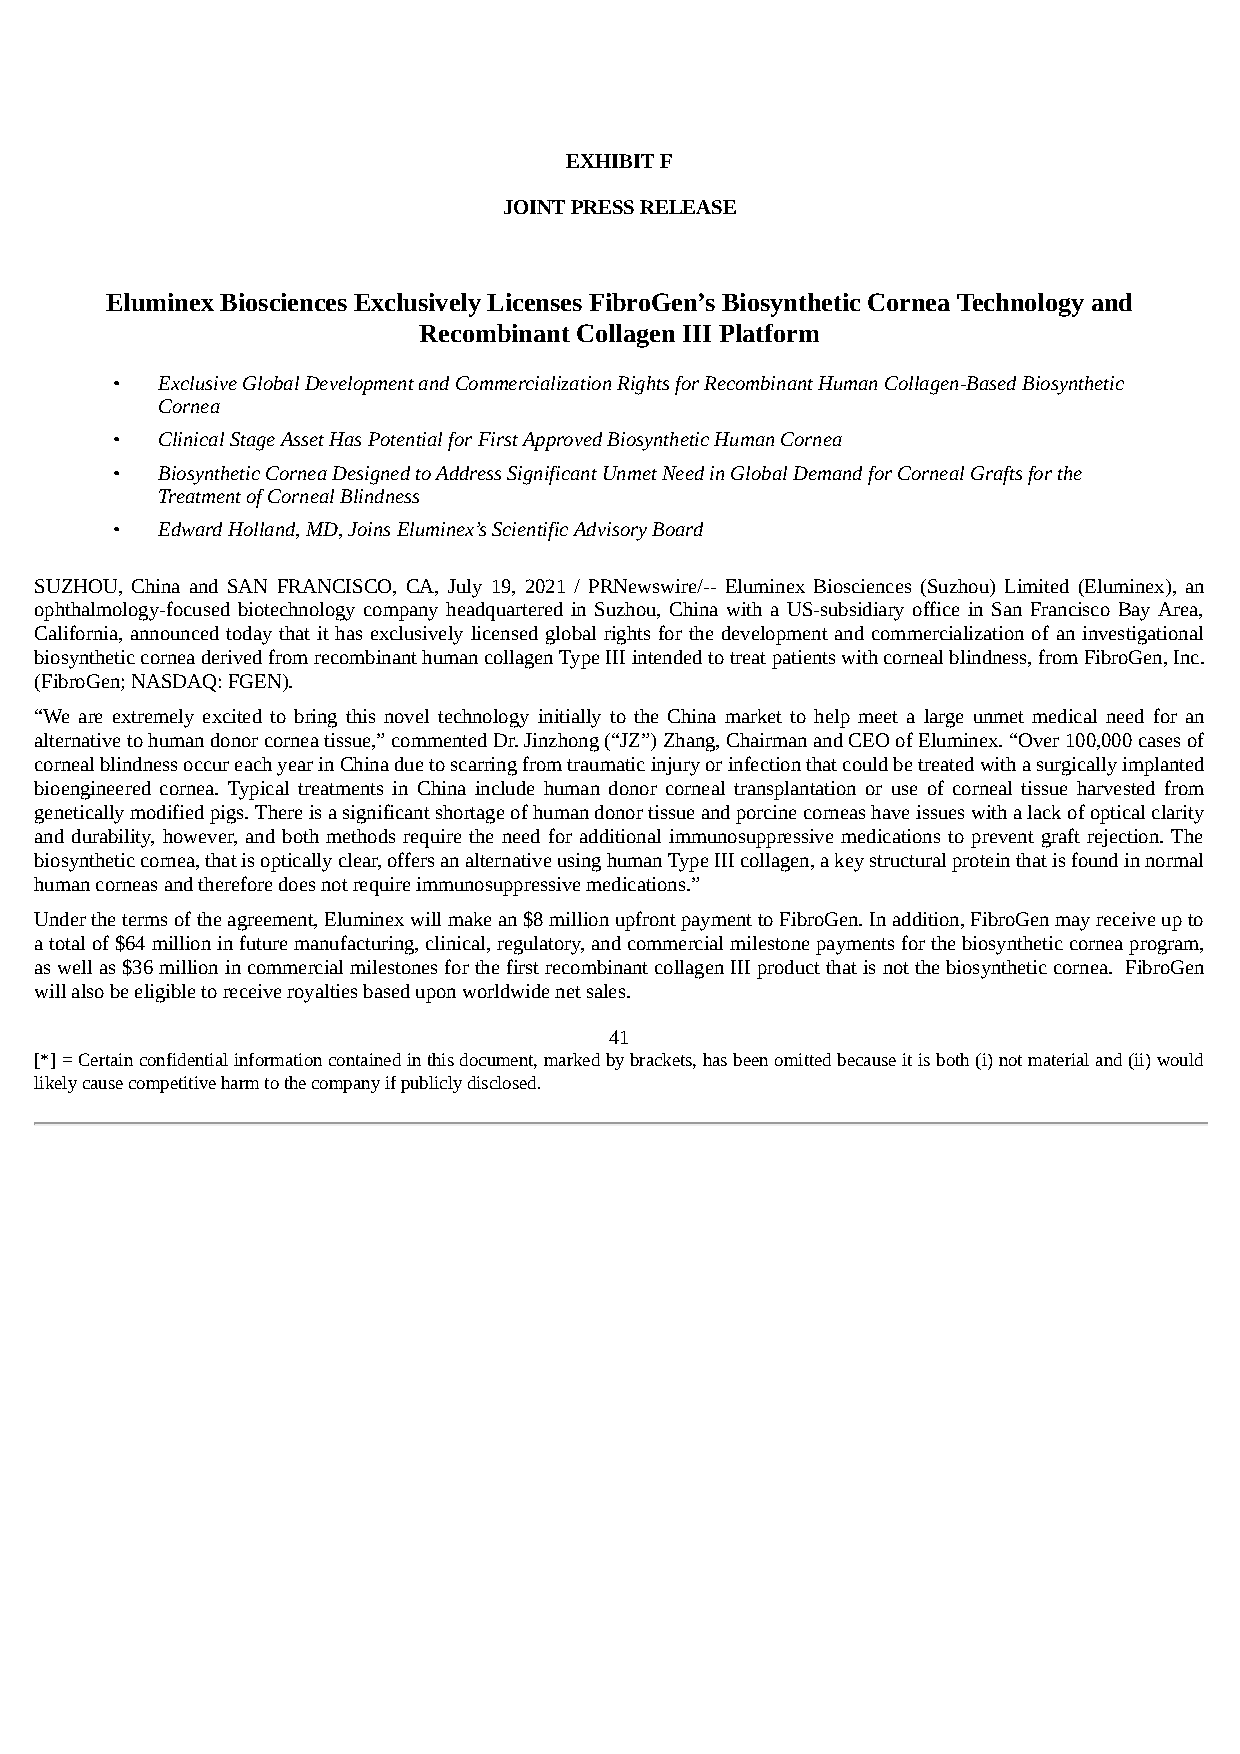
EXHIBIT F
 JOINT PRESS RELEASE
 Eluminex Biosciences Exclusively Licenses FibroGen’s Biosynthetic Cornea Technology and
 Recombinant Collagen III Platform
 •  Exclusive Global Development and Commercialization Rights for Recombinant Human Collagen-Based Biosynthetic
 Cornea
 •  Clinical Stage Asset Has Potential for First Approved Biosynthetic Human Cornea
 •  Biosynthetic Cornea Designed to Address Significant Unmet Need in Global Demand for Corneal Grafts for the
 Treatment of Corneal Blindness
 •  Edward Holland, MD, Joins Eluminex’s Scientific Advisory Board
 SUZHOU, China and SAN FRANCISCO, CA, July 19, 2021 / PRNewswire/-- Eluminex Biosciences (Suzhou) Limited (Eluminex), an
 ophthalmology-focused biotechnology company headquartered in Suzhou, China with a US-subsidiary office in San Francisco Bay Area,
 California, announced today that it has exclusively licensed global rights for the development and commercialization of an investigational
 biosynthetic cornea derived from recombinant human collagen Type III intended to treat patients with corneal blindness, from FibroGen, Inc.
 (FibroGen; NASDAQ: FGEN).
 “We are extremely excited to bring this novel technology initially to the China market to help meet a large unmet medical need for an
 alternative to human donor cornea tissue,” commented Dr. Jinzhong (“JZ”) Zhang, Chairman and CEO of Eluminex. “Over 100,000 cases of
 corneal blindness occur each year in China due to scarring from traumatic injury or infection that could be treated with a surgically implanted
 bioengineered cornea. Typical treatments in China include human donor corneal transplantation or use of corneal tissue harvested from
 genetically modified pigs. There is a significant shortage of human donor tissue and porcine corneas have issues with a lack of optical clarity
 and durability, however, and both methods require the need for additional immunosuppressive medications to prevent graft rejection. The
 biosynthetic cornea, that is optically clear, offers an alternative using human Type III collagen, a key structural protein that is found in normal
 human corneas and therefore does not require immunosuppressive medications.”
 Under the terms of the agreement, Eluminex will make an $8 million upfront payment to FibroGen. In addition, FibroGen may receive up to
 a total of $64 million in future manufacturing, clinical, regulatory, and commercial milestone payments for the biosynthetic cornea program,
 as well as $36 million in commercial milestones for the first recombinant collagen III product that is not the biosynthetic cornea. FibroGen
 will also be eligible to receive royalties based upon worldwide net sales.
 41
 [*] = Certain confidential information contained in this document, marked by brackets, has been omitted because it is both (i) not material and (ii) would
 likely cause competitive harm to the company if publicly disclosed.